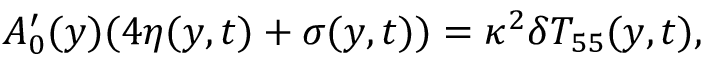
A _ { 0 } ^ { \prime } ( y ) ( 4 \eta ( y , t ) + \sigma ( y , t ) ) = \kappa ^ { 2 } \delta T _ { 5 5 } ( y , t ) ,